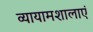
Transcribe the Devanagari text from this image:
व्यायामशालाएं